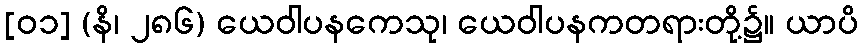
[၀၁] (နိ၊ ၂၈၆) ယေဝါပနကေသု၊ ယေဝါပနကတရားတို့၌။ ယာပိ